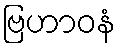
ဗြဟာဝနံ